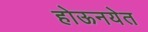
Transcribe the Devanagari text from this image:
होऊनयेत